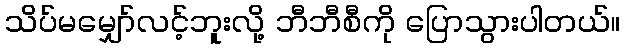
သိပ်မမျှော်လင့်ဘူးလို့ ဘီဘီစီကို ပြောသွားပါတယ်။